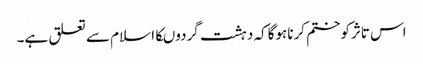
اس تاثرکوختم کرناہوگاکہ دہشت گردوںکااسلام سے تعلق ہے۔